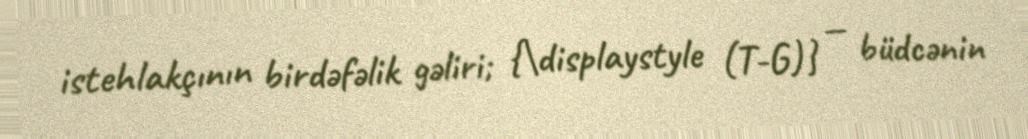
istehlakçının birdəfəlik gəliri; {\displaystyle (T-G)} — büdcənin